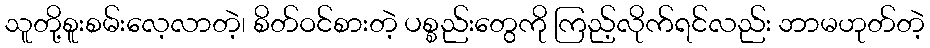
သူတို့စူးစမ်းလေ့လာတဲ့၊ စိတ်ဝင်စားတဲ့ ပစ္စည်းတွေကို ကြည့်လိုက်ရင်လည်း ဘာမဟုတ်တဲ့